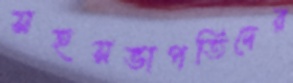
সহসভাপতিদের